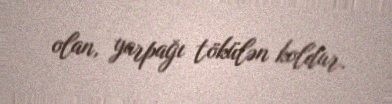
olan, yarpağı tökülən koldur.